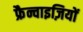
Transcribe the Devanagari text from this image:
फ्रैन्चाइज़ियों